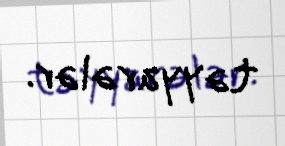
təyyarələr.